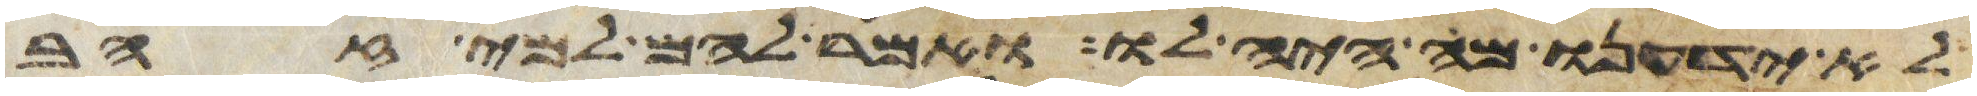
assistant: לא ידענו מה היה לו ואמר להם למי זהב